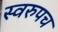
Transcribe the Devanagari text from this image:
स्वरुपच